Eesti_Rahvusfond, lk 147
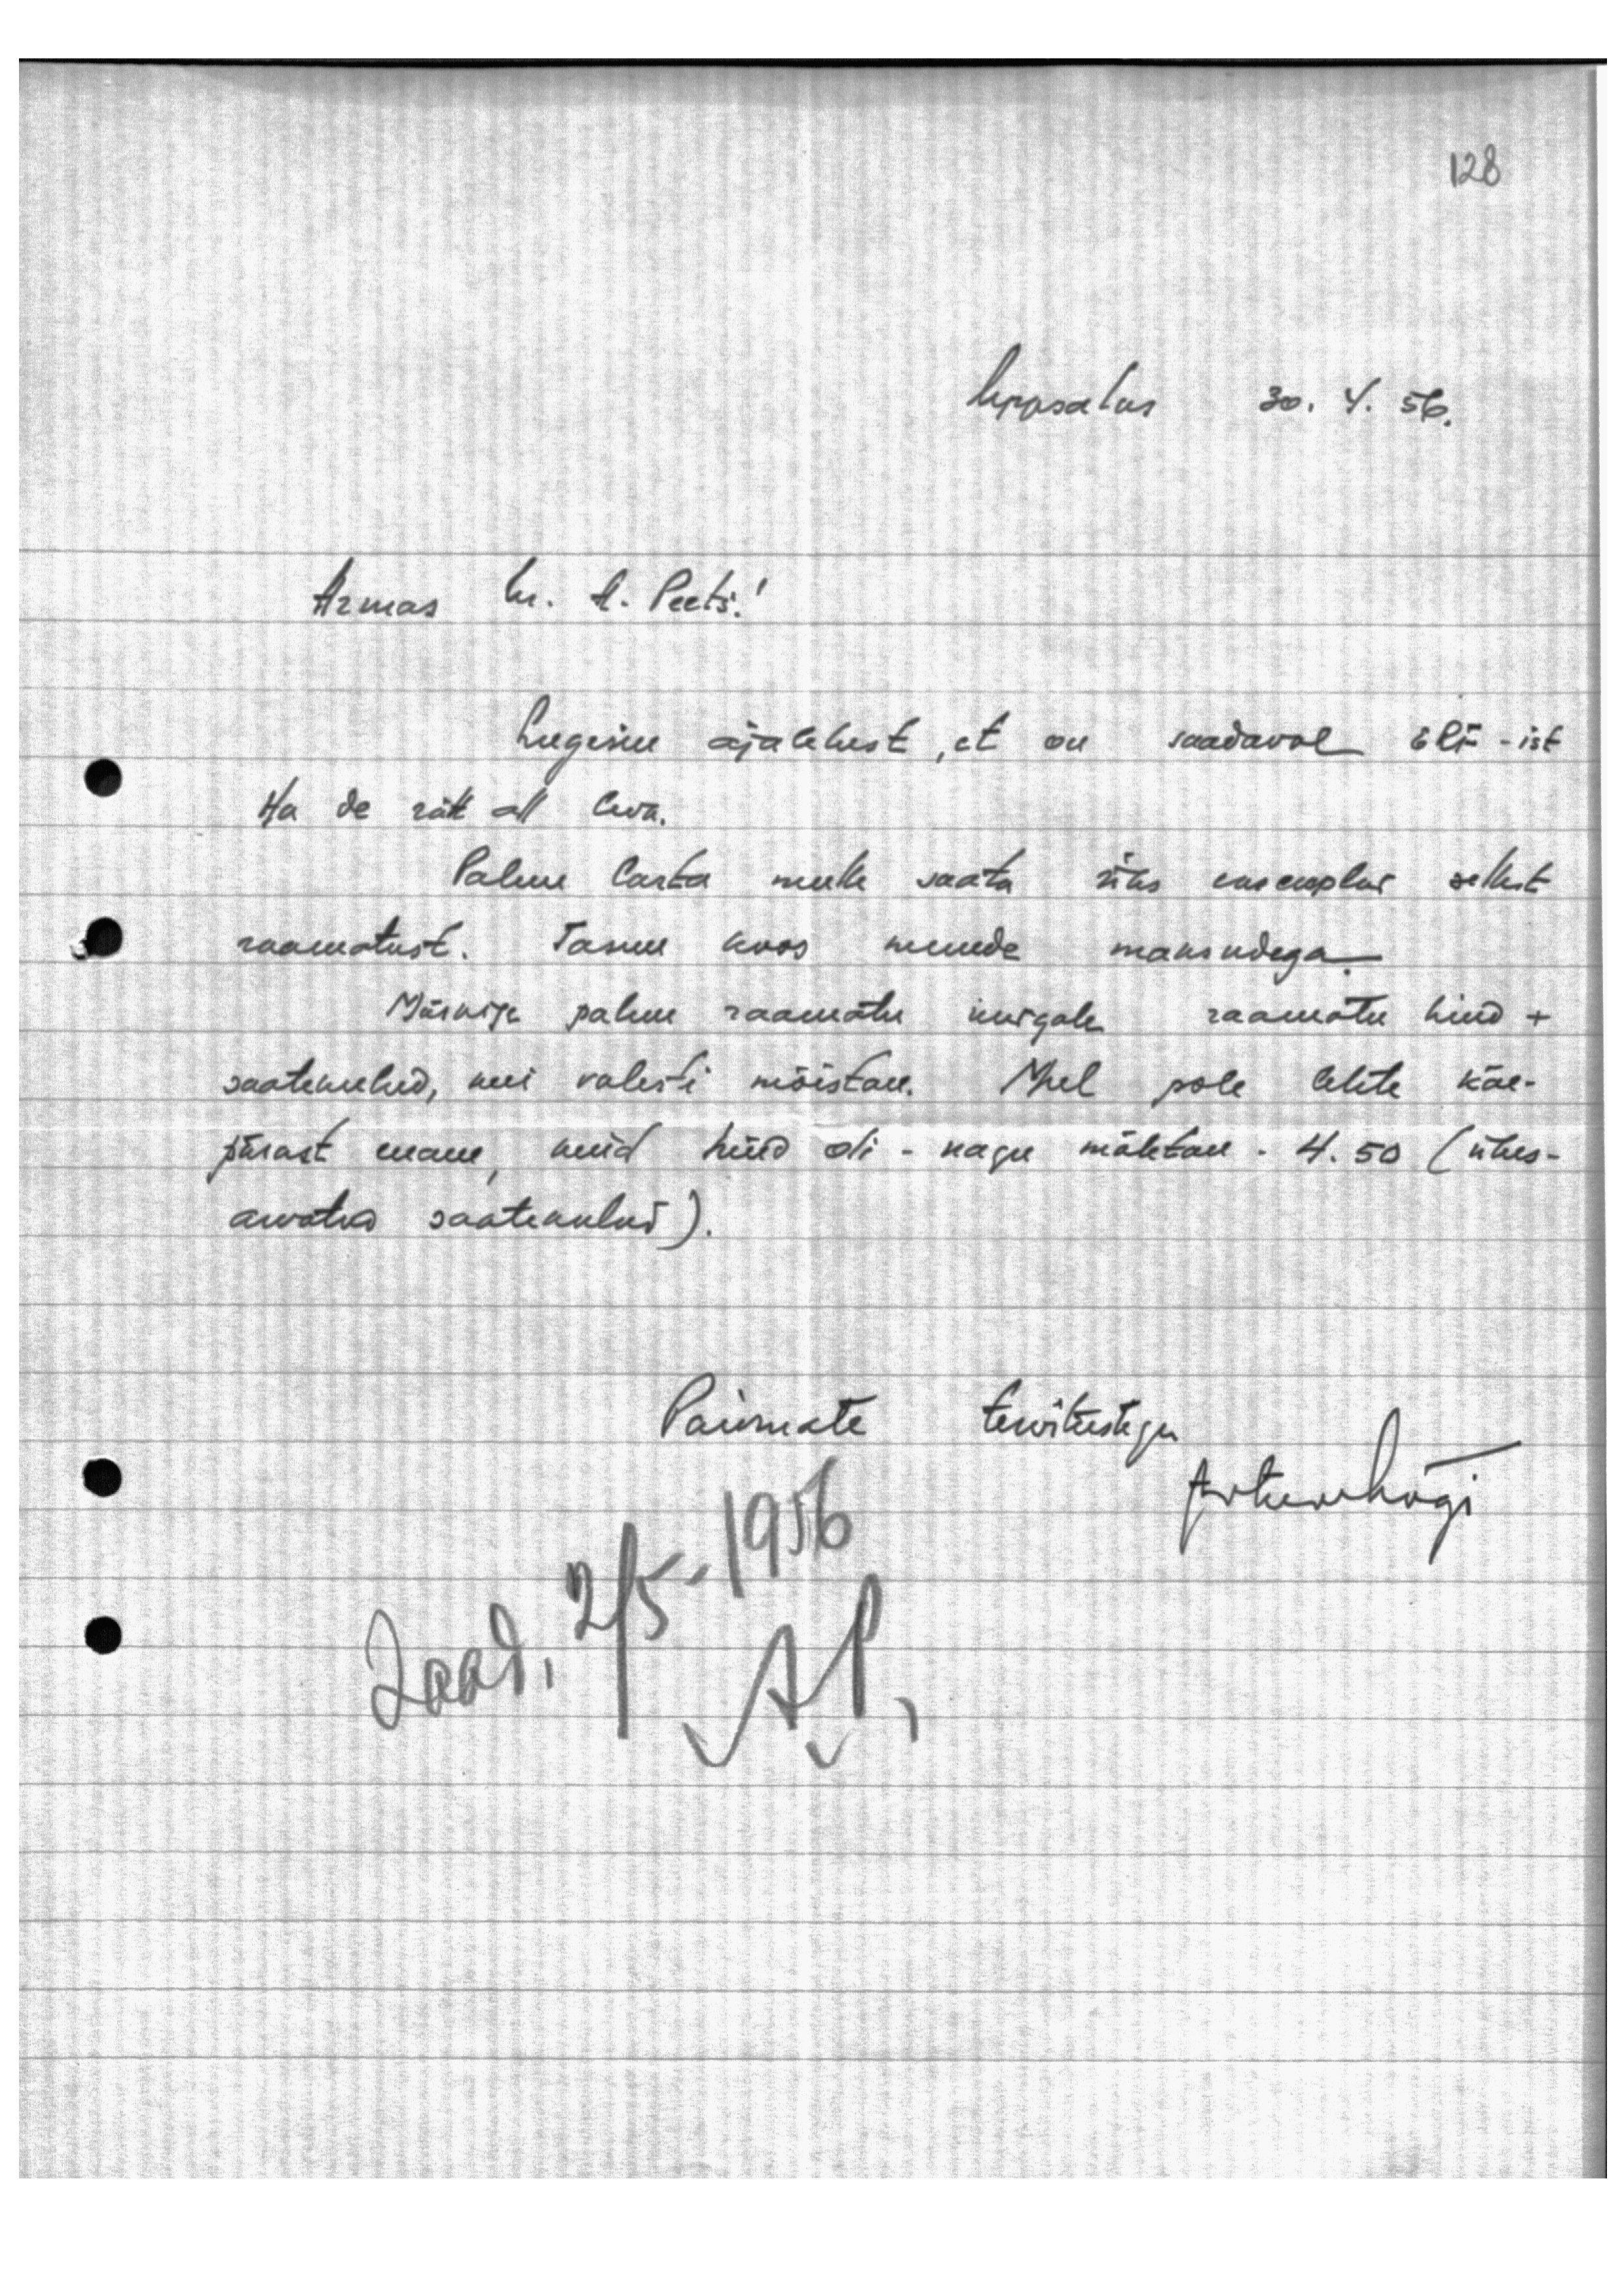
Uppsalus 30.4.56.
Armas hr. A. Peets!
Lugesin ajalehest, et on saadaval ERF -ist
Ha de rätt all luba.
Palun lasta mulle saata üks eksemplar sellest
raamatust. Tasun koos muude maksudega.
Märkige palun raamatu nurgale raamatu hind +
saatekulud, kui valesti mõistan. Mul pole lehte käe-
pärast enam, kuid hind oli - nagu mäletan - 4.50 (ühes-
arvatud saatekulud).
Parimate tervitustega
ArturMägi
Saad. 2/5-1956